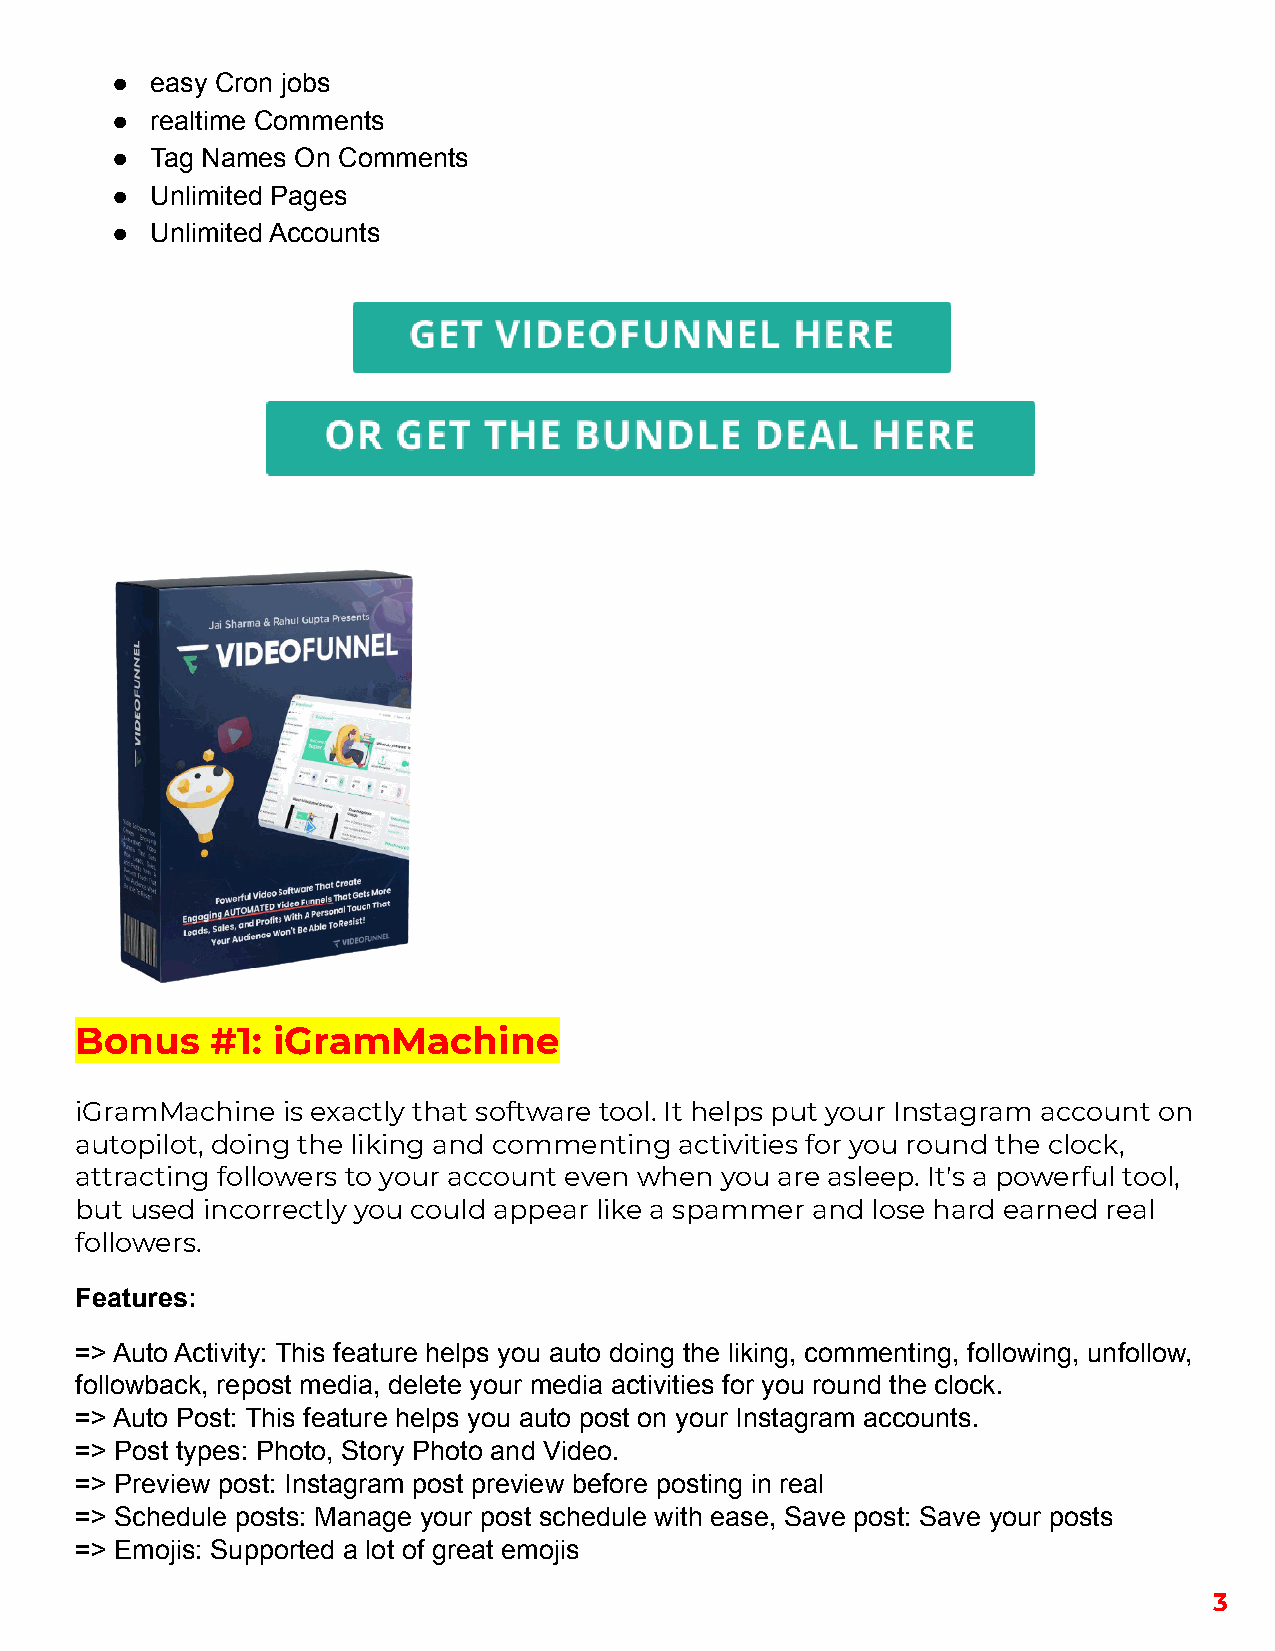
●  easy Cron jobs
 ●  realtime Comments
 ●  Tag Names On Comments
 ●  Unlimited Pages
 ●  Unlimited Accounts
 Bonus    #1: iGramMachine
 iGramMachine  is exactly that software tool. It helps put your Instagram account on
 autopilot, doing the liking and commenting activities for you round the clock,
 attracting followers to your account even when you are asleep. It's a powerful tool,
 but used incorrectly you could appear like a spammer and lose hard earned real
 followers.
 Features:
 => Auto Activity: This feature helps you auto doing the liking, commenting, following, unfollow,
 followback, repost media, delete your media activities for you round the clock.
 => Auto Post: This feature helps you auto post on your Instagram accounts.
 => Post types: Photo, Story Photo and Video.
 => Preview post: Instagram post preview before posting in real
 => Schedule posts: Manage your post schedule with ease, Save post: Save your posts
 => Emojis: Supported a lot of great emojis
 3